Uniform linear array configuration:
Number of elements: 12
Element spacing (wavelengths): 0.25
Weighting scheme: hamming
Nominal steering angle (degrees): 30
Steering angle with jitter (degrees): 29.618
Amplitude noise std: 0.05
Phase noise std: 0.05

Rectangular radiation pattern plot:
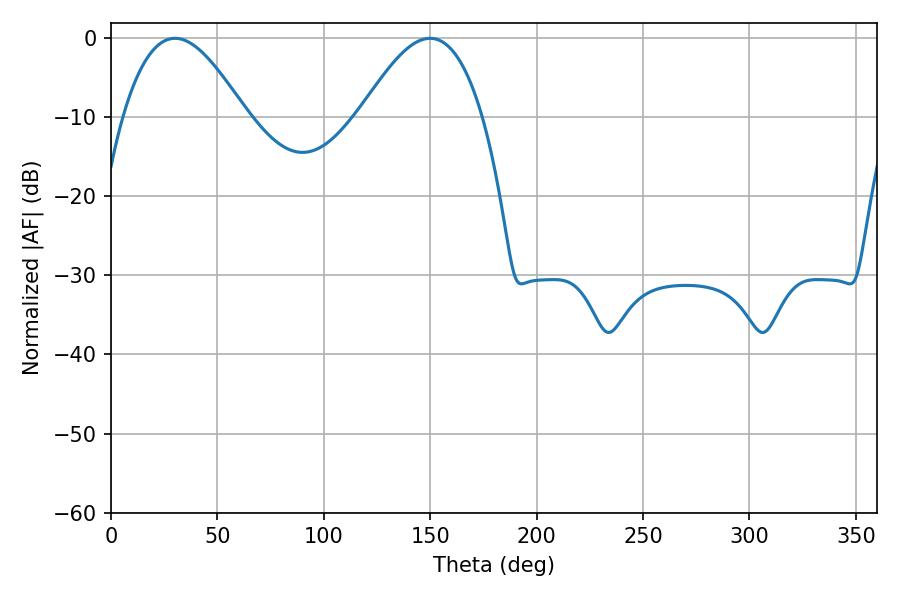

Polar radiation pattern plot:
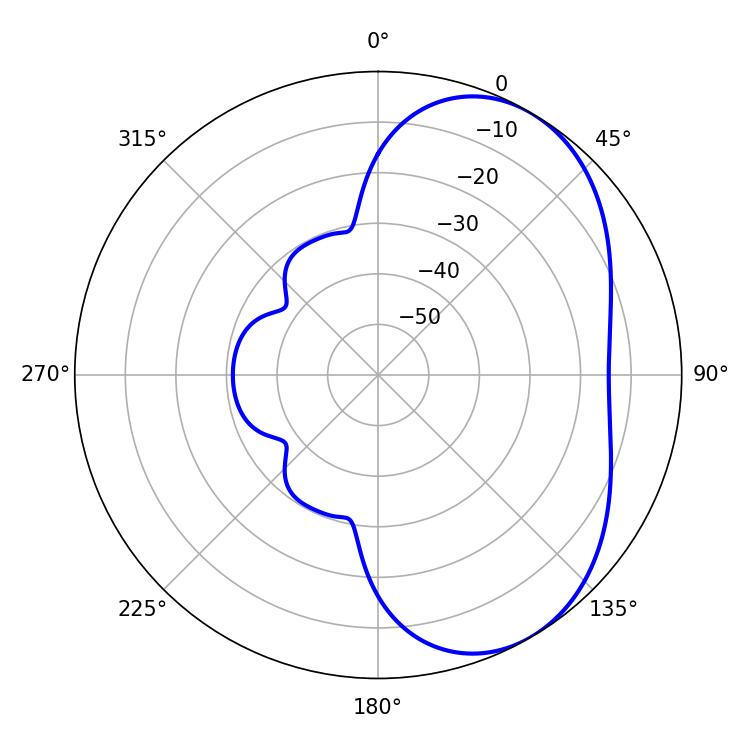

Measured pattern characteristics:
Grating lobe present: FALSE
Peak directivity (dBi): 4.839
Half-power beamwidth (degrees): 31.32
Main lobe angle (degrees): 30.06